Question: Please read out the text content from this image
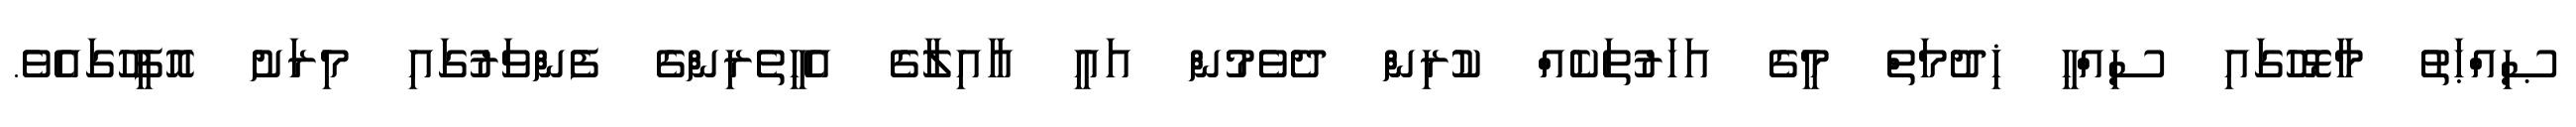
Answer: ޞިއްޙަތު މާޅޮހުގައި ސިއްޙީ ޚިދުމަތް މީގެ އަހަރުތަކެއް ކުރިން ދެވެމުން އައީ އާއިލާގެ އެހީތެރިންގެ ފެންވަރުގައި މިރަށު އޮފީހުގައެވެ.